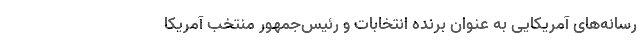
رسانه‌های آمریکایی به عنوان برنده انتخابات و رئیس‌جمهور منتخب آمریکا